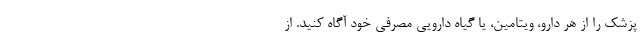
پزشک را از هر دارو، ویتامین، یا گیاه دارویی مصرفی خود آگاه کنید. از